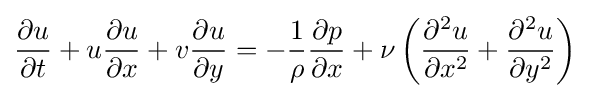
{\frac {\partial u}{\partial t}}+u{\frac {\partial u}{\partial x}}+v{\frac {\partial u}{\partial y}}=-{\frac {1}{\rho }}{\frac {\partial p}{\partial x}}+\nu \left({\frac {\partial ^{2}u}{\partial x^{2}}}+{\frac {\partial ^{2}u}{\partial y^{2}}}\right)